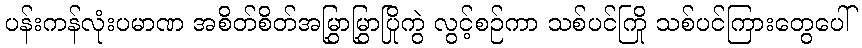
ပန်းကန်လုံးပမာဏ အစိတ်စိတ်အမြွှာမြွှာပြိုကွဲ လွင့်စဉ်ကာ သစ်ပင်ကြို သစ်ပင်ကြားတွေပေါ်